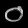
Digit: ၀